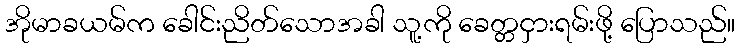
အိုမာခယမ်က ခေါင်းညိတ်သောအခါ သူ့ကို ခေတ္တငှားရမ်းဖို့ ပြောသည်။